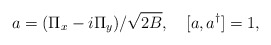
\begin{align*}a=(\Pi_x-i \Pi_y)/\sqrt{2B}, \ \ \ [a,a^{\dagger}]=1,\end{align*}